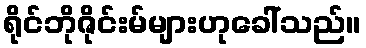
ရိုင်ဘိုဇိုင်းမ်များဟုခေါ်သည်။